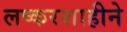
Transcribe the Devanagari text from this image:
लष्करशाहीने